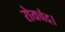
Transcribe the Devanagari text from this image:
रोयचंद।